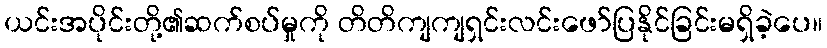
ယင်းအပိုင်းတို့၏ဆက်စပ်မှုကို တိတိကျကျရှင်းလင်းဖော်ပြနိုင်ခြင်းမရှိခဲ့ပေ။